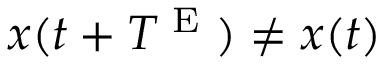
x ( t + T ^ { \textnormal { E } } ) \neq x ( t )